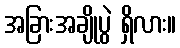
အခြားအချိုပွဲ ရှိလား။